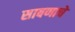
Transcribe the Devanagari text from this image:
साबणाचे